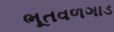
ભૂતવળગાડ